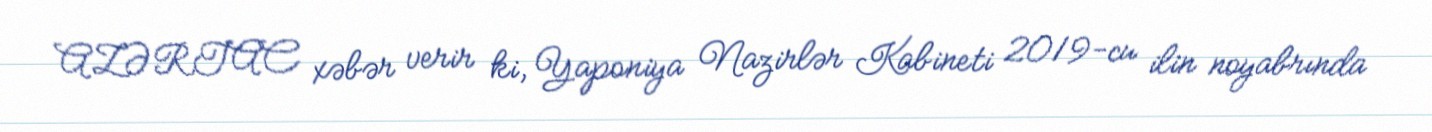
AZƏRTAC xəbər verir ki, Yaponiya Nazirlər Kabineti 2019-cu ilin noyabrında